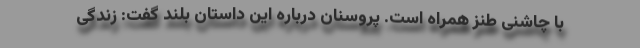
با چاشنی طنز همراه است. پروسنان درباره این داستان بلند گفت: زندگی